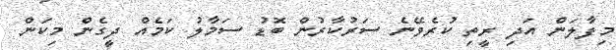
މިފާލަން އަދި ރީތި ކުރެވޭނެ ސަރުކާރުން ބޮޑު ސަމާލު ކަމެއް ދީގެން މިކަން